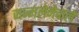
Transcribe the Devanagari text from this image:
जन्मलेनेवाले